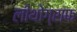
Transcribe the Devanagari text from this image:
लीथोग्राफ